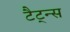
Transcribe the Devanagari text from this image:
टैट्न्स